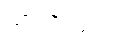
သားအတွက်